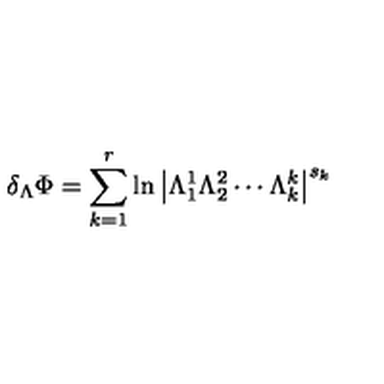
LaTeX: \delta _ { \Lambda } \Phi = \sum _ { k = 1 } ^ { r } \ln \left| \Lambda _ { 1 } ^ { 1 } \Lambda _ { 2 } ^ { 2 } \cdots \Lambda _ { k } ^ { k } \right| ^ { s _ { k } }